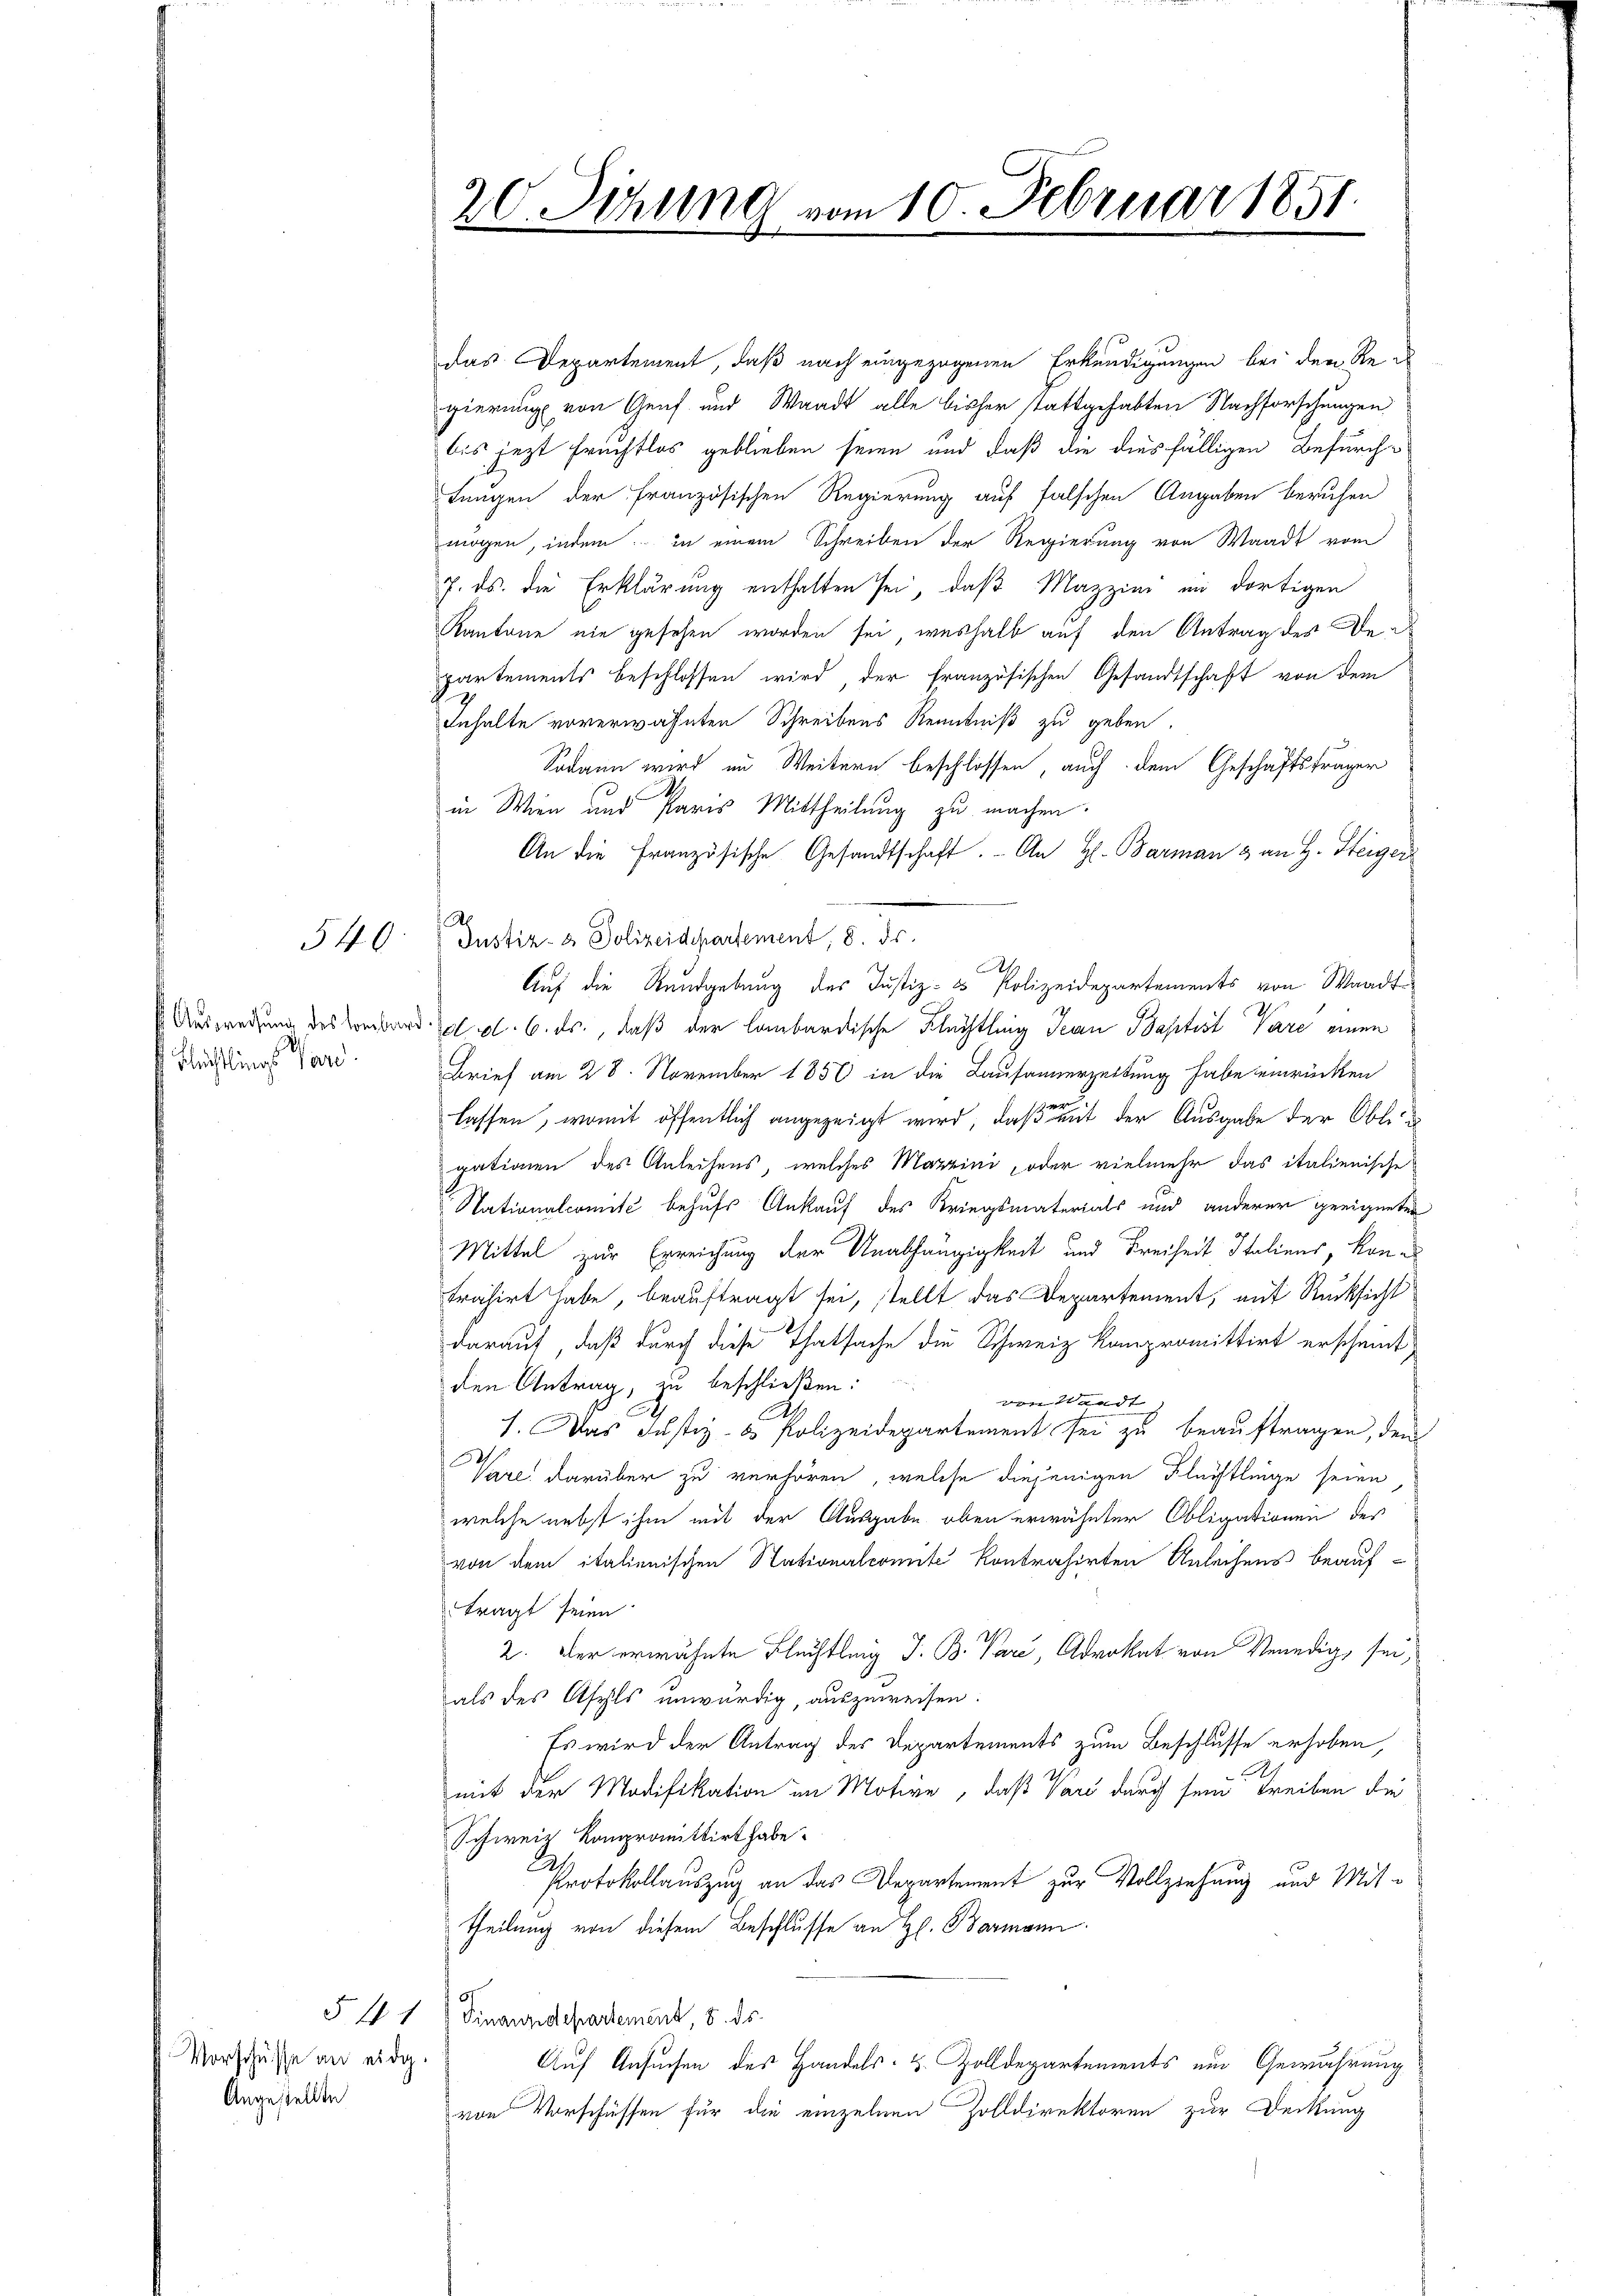
f Ausweisung des Lombard
Fleistlings Pard.

540

5 f 1
Vorschüsse an eidg.
Angestellte

20. Setzung vom 10. Februar 1851.
2

das Departement, daß nach eingezogenen Erkundigungen bei den Re-
gierung von Genf und Waadt alle bisher stattgehabten Nachforschungen
bis jezt Fruchtlos geblieben seien und daß die diesfälligen Befurch-
tungen der französischen Regierung auf falschen Angaben beruhen
mögen, indem in einem Schreiben der Regierung von Waadt vom
7. ds. die Erklärung enthalten sei, daß Mazzini im dortigen
Kantone nie gesehen worden sei, weshalb auf den Antrag der Den
partements beschlossen wird der französischen Gesandtschaft von dem
Inhalte vorerwähnten Schreibens Kenntniß zu geben.
Sodann wird im Weitern beschlossen, auch dem Geschäftsträger
in Wien und Paris Mittheilung zu machen.
An die Französische Gesandtschaft. An H. Barman 3 an H. Steiger
Justiz- & Polizeidepartement, 8. ds.
t
Auf die Rundgebung des Justiz- & Polizeidepartements von Waadt
2
d. d. 6. ds., daß der lombardische Flüchtling Jean Baptist pare einen
Brief am 28. November 1856 in die Lausannerzeitung habe einrücken
lassen, womit öffentlich angezeigt wird, daß mit der Ausgabe der Obli
gationen des Anleihens, welches Marini, oder vielmehr das italienische
Nationalcomité behufs Ankauf des Kriegsmaterials und anderer geeigneten
Mittel zur Erreichung der Unabhängigkeit und Freiheit Italiens, Kontrahirt habe, beauftragt sei, stellt das Departement, auf Rücksicht
darauf, daß durch diese Thatsache die Schweiz kompromittirt erscheint
den Antrag, zu beschließen:
den Waadt
1. Das Justiz- & Polizeidepartement sei zu beauftragen, dem
Vare darüber zu verhören, welche diejenigen Flüchtlinge seien
welche nebst ihm mit der Ausgabe oben erwähnter Obligationen des
von dem italienischen Nationalcomite kontrahirten Anleihens beauffragt seien
2. Der erwähnte Flüchtling J. B. Pari, Advokat von Venedig, sei,
als des Asyls unwürdig, auszuweisen.
Es wird der Antrag des Departements zum Beschlusse erhoben,
mit der Modifikation im Motive, daß Vars durch sein Treiben die
Schweiz kompromittirt habe.
Protokollauszug an das Departement zur Vollziehung und Mit¬
Theilung von diesem Beschlusse an H. Barmann.
Finanzdepartement, 5. ds.
Auf Ansuchen des Handels- & Zolldepartements um Gewährung
von Vorschüssen für die einzelnen Zolldirektoren zur Deckung